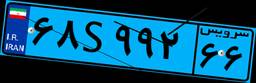
۶۸S۹۹۲۶۶